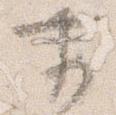
前